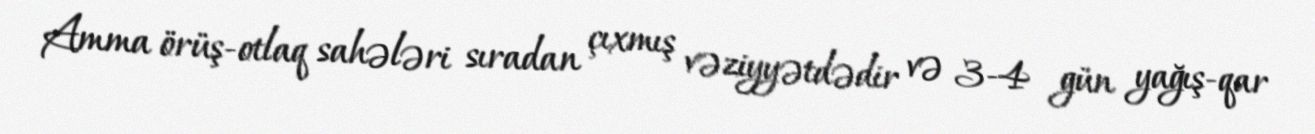
Amma örüş-otlaq sahələri sıradan çıxmış vəziyyətdədir və 3-4 gün yağış-qar